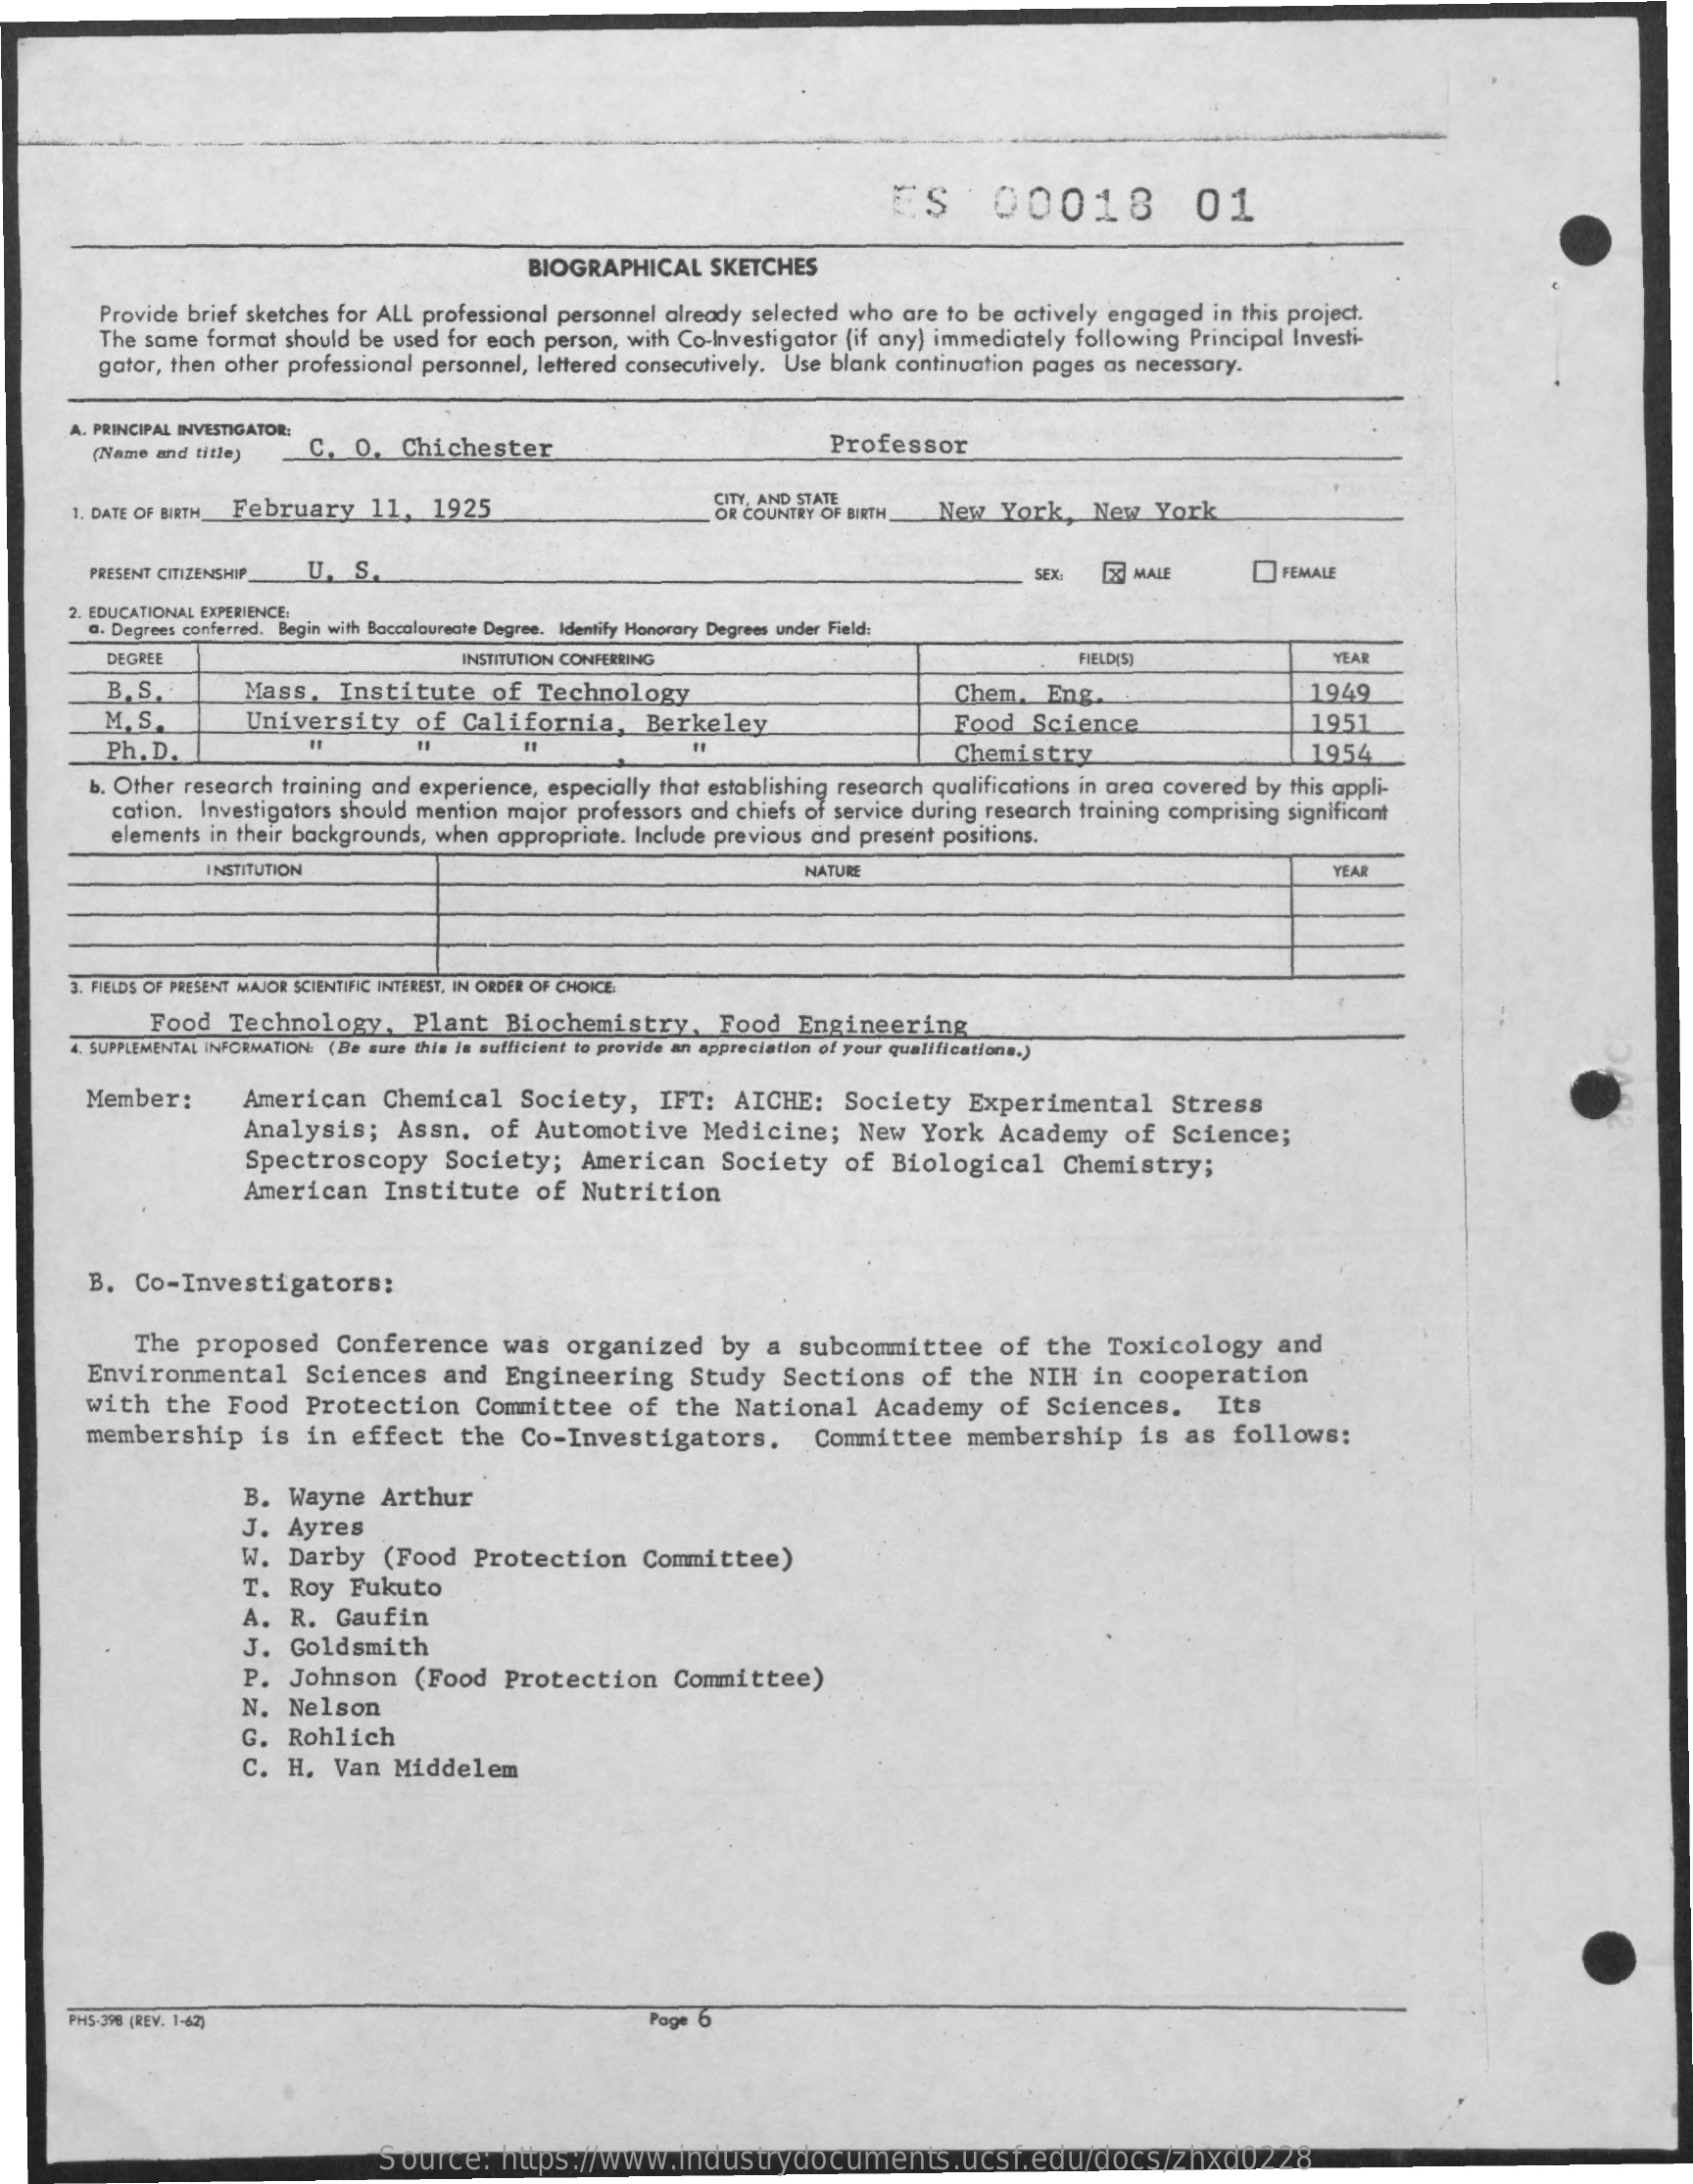
ES    00018    01
     BIOGRAPHICAL   SKETCHES
     Provide brief sketches for ALL professional personnel already selected who are to be actively engaged in this project.
     The same format should be used for each person, with Co-Investigator (if any) immediately following Principal Investi-
     gator, then other professional personnel, lettered consecutively. Use blank continuation pages as necessary.
     A. PRINCIPAL INVESTIGATOR:
     (Name and title)  C.  O.  Chichester    Professor
     1. DATE OF BIRTH_ February 11, 1925
     CITY, AND STATE
     OR COUNTRY OF BIRTH New York,   New  York
     PRESENT CITIZENSHIP_ U. S    SEX.    MALE    FEMALE
     2. EDUCATIONAL EXPERIENCE:
     a. Degrees conferred. Begin with Baccalaureate Degree. Identify Honorary Degrees under Field:
     DEGREE    INSTITUTION CONFERRING    FIELD(S)    YEAR
     B, S    Mass.   Institute   of  Technology    Chem.  Eng.    1949
     M. S.    University    of  California,    Berkeley    Food  Science    1951
     = Ph. D.    Chemistry    1954
     b. Other research training and experience, especially that establishing research qualifications in area covered by this appli-
     cation. Investigators should mention major professors and chiefs of service during research training comprising significant
     elements in their backgrounds, when appropriate. Include previous and present positions.
     INSTITUTION    NATURE    YEAR
     3. FIELDS OF PRESENT MAJOR SCIENTIFIC INTEREST, IN ORDER OF CHOICE
     Food  Technology,    Plant   Biochemistry,    Food  Engineering
     4. SUPPLEMENTAL INFORMATION: (Be sure this is sufficient to provide an appreciation of your qualifications.)
     Member:    American   Chemical    Society,   IFT:   AICHE:   Society   Experimental    Stress
     Analysis;   Assn.   of  Automotive    Medicine;    New  York   Academy    of  Science;
     Spectroscopy    Society;    American    Society   of  Biological    Chemistry;
     American   Institute    of  Nutrition
     B. Co-Investigators:
     The proposed    Conference    was  organized    by  a  subcommittee    of  the  Toxicology    and
     Environmental    Sciences   and  Engineering    Study   Sections   of  the  NIH   in  cooperation
     with  the  Food   Protection    Committee    of  the  National    Academy   of  Sciences.    Its
     membership    is  in  effect   the  Co-Investigators.    Committee    membership    is  as  follows:
     B. Wayne   Arthur
     J.  Ayres
     W.  Darby   (Food   Protection    Committee)
     T. Roy  Fukuto
     A.  R.  Gaufin
     J. Goldsmith
     P.  Johnson    (Food  Protection    Committee)
     N.  Nelson
     G.  Rohlich
     C.  H.  Van  Middelem
     PH5-398 (REV. 1-62)    Page 6
     Source:   https://www.industrydocuments.ucsf.edu/docs/zhxd0228